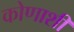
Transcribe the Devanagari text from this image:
कोणाशीं